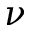
\nu